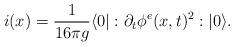
LaTeX: \begin{align*}i(x)=\frac{1}{16 \pi g} \langle 0| :\partial_t \phi^e (x,t)^2:|0\rangle .\end{align*}